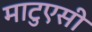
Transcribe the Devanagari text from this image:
माटुएसी